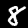
Label: 8